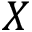
X